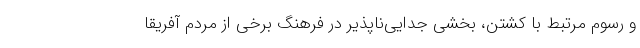
و رسوم مرتبط با کشتن، بخشی جدایی‌ناپذیر در فرهنگ برخی از مردم آفریقا